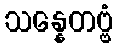
သန္နေတဗ္ဗံ